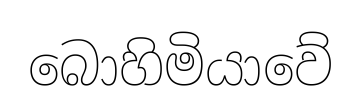
බොහිමියාවේ